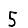
Digit: 5